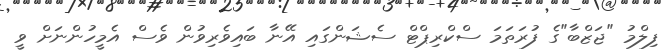
ފިލްމު "ޖަޒްބާ"ގެ ފުރަތަމަ ސްކްރިޕްޓް ސެޝަންގައި އޭނާ ބައިވެރިވުން ވެސް އެމީހުންނަށް ވީ